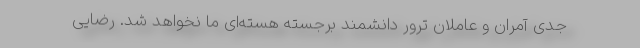
جدی آمران و عاملان ترور دانشمند برجسته هسته‌ای ما نخواهد شد. رضایی